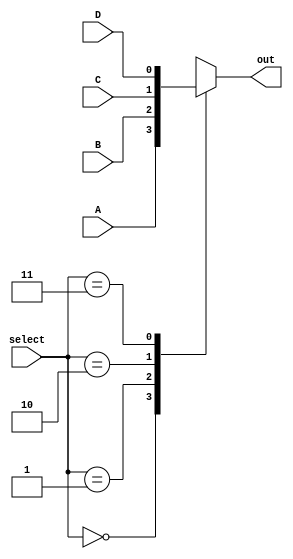
module mux4to1(select,A,B,C,D,out);
	input [1:0]select;
	input A;
	input B;
	input C;
	input D;
	output reg out;
	
	always @ * begin
		case(select)
			2'b00:out <= A;
			2'b01:out <= B;
			2'b10:out <= C;
			2'b11:out <= D;
		endcase
	end

endmodule